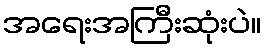
အရေးအကြီးဆုံးပဲ။